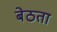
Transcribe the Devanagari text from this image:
बेठता